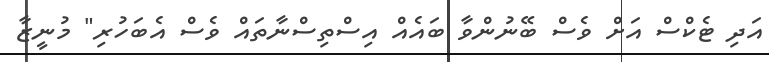
އަދި ޓެކްސް އަށް ވެސް ބޭނުންވާ ބައެއް އިސްތިސްނާތައް ވެސް އެބަހުރި" މުނީޒާ